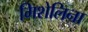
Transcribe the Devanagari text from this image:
मिशेलिना